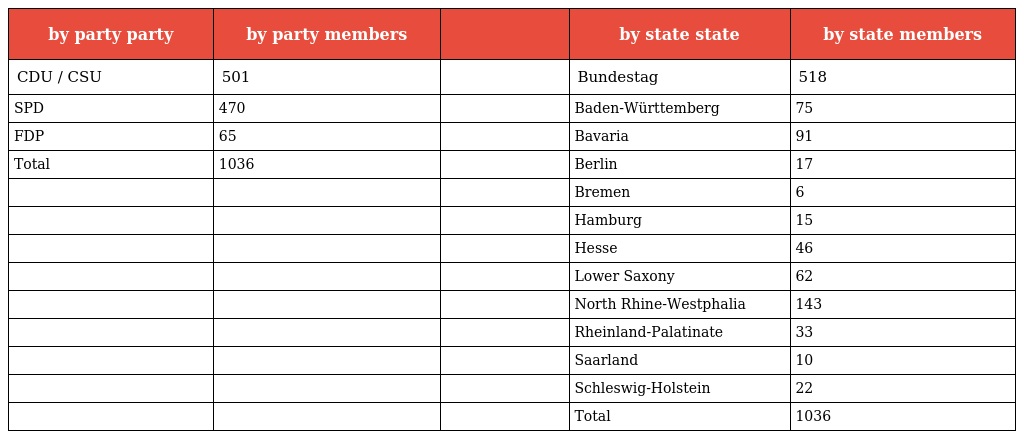
| by party party | by party members |  | by state state | by state members |
 | --- | --- | --- | --- | --- |
 | CDU / CSU | 501 |  | Bundestag | 518 |
 | SPD | 470 |  | Baden-Württemberg | 75 |
 | FDP | 65 |  | Bavaria | 91 |
 | Total | 1036 |  | Berlin | 17 |
 |  |  |  | Bremen | 6 |
 |  |  |  | Hamburg | 15 |
 |  |  |  | Hesse | 46 |
 |  |  |  | Lower Saxony | 62 |
 |  |  |  | North Rhine-Westphalia | 143 |
 |  |  |  | Rheinland-Palatinate | 33 |
 |  |  |  | Saarland | 10 |
 |  |  |  | Schleswig-Holstein | 22 |
 |  |  |  | Total | 1036 |